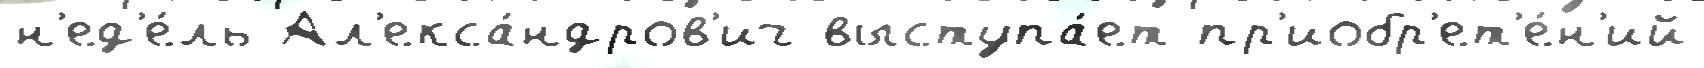
н'ед'е́ль Ал'екса́ндров'ич выступа́ет пр'иобр'ет'е́н'ий